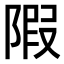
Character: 𨺽